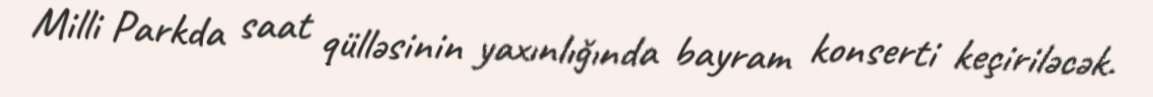
Milli Parkda saat qülləsinin yaxınlığında bayram konserti keçiriləcək.